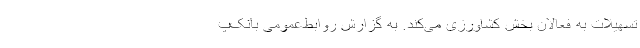
تسهیلات به فعالان بخش کشاورزی می‌کند. به گزارش روابط‌عمومی بانک‌پ